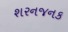
શરનજનક